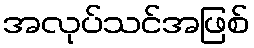
အလုပ်သင်အဖြစ်